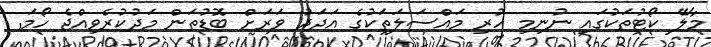
މާލޭ ކޯޓުތަކުގައި ނުނިމި ހުރި މައްސަލަތަކުގެ އަދަދު ވަރަށް ބޮޑުތަން މަދުކުރެވިއްޖެ ހޯމަ